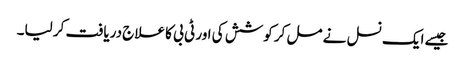
جیسے ایک نسل نے مل کر کوشش کی اور ٹی بی کا علاج دریافت کر لیا۔